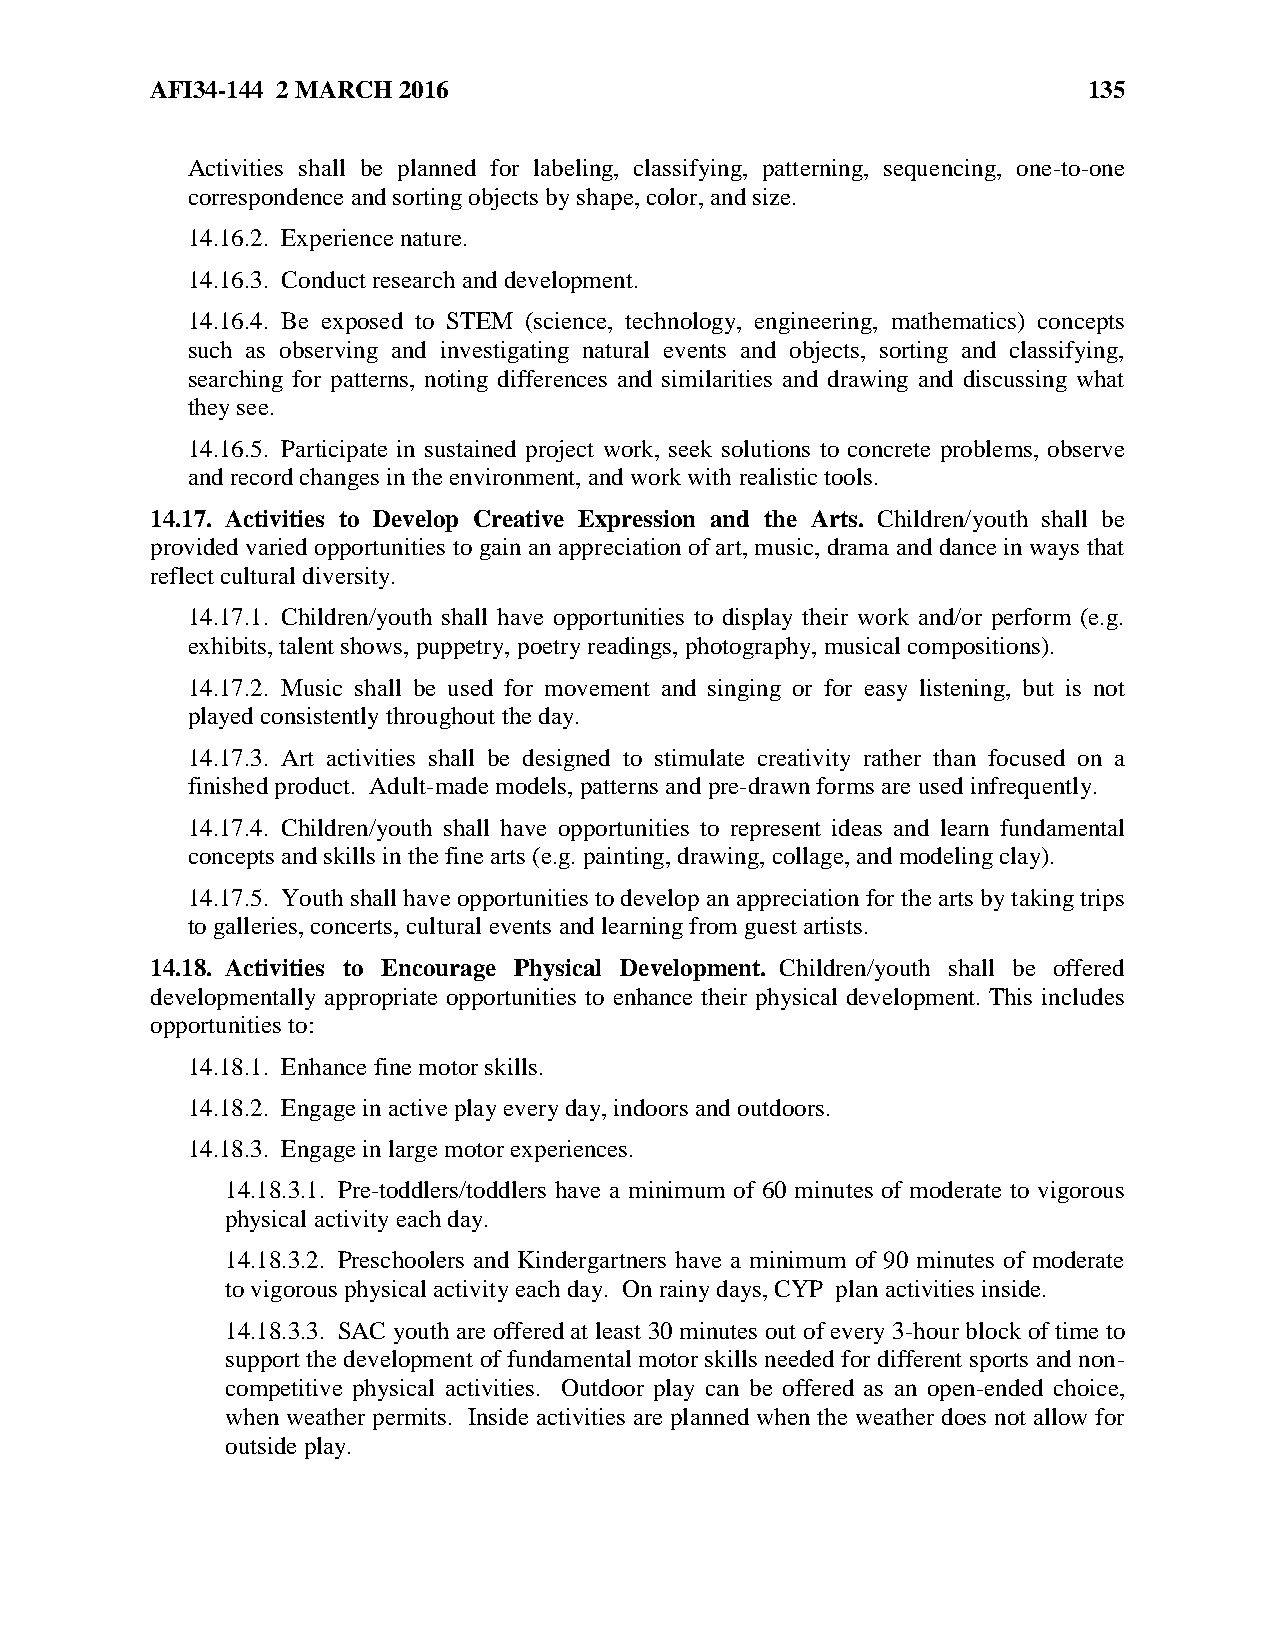
AFI34-144 2 MARCH 2016                                        135
 Activities shall be planned for labeling, classifying, patterning, sequencing, one-to-one
 correspondence and sorting objects by shape, color, and size.
 14.16.2. Experience nature.
 14.16.3. Conduct research and development.
 14.16.4. Be exposed to STEM (science, technology, engineering, mathematics) concepts
 such as observing and investigating natural events and objects, sorting and classifying,
 searching for patterns, noting differences and similarities and drawing and discussing what
 they see.
 14.16.5. Participate in sustained project work, seek solutions to concrete problems, observe
 and record changes in the environment, and work with realistic tools.
 14.17. Activities to Develop Creative Expression and the Arts. Children/youth shall be
 provided varied opportunities to gain an appreciation of art, music, drama and dance in ways that
 reflect cultural diversity.
 14.17.1. Children/youth shall have opportunities to display their work and/or perform (e.g.
 exhibits, talent shows, puppetry, poetry readings, photography, musical compositions).
 14.17.2. Music shall be used for movement and singing or for easy listening, but is not
 played consistently throughout the day.
 14.17.3. Art activities shall be designed to stimulate creativity rather than focused on a
 finished product. Adult-made models, patterns and pre-drawn forms are used infrequently.
 14.17.4. Children/youth shall have opportunities to represent ideas and learn fundamental
 concepts and skills in the fine arts (e.g. painting, drawing, collage, and modeling clay).
 14.17.5. Youth shall have opportunities to develop an appreciation for the arts by taking trips
 to galleries, concerts, cultural events and learning from guest artists.
 14.18. Activities to Encourage Physical Development. Children/youth shall be offered
 developmentally appropriate opportunities to enhance their physical development. This includes
 opportunities to:
 14.18.1. Enhance fine motor skills.
 14.18.2. Engage in active play every day, indoors and outdoors.
 14.18.3. Engage in large motor experiences.
 14.18.3.1. Pre-toddlers/toddlers have a minimum of 60 minutes of moderate to vigorous
 physical activity each day.
 14.18.3.2. Preschoolers and Kindergartners have a minimum of 90 minutes of moderate
 to vigorous physical activity each day. On rainy days, CYP plan activities inside.
 14.18.3.3. SAC youth are offered at least 30 minutes out of every 3-hour block of time to
 support the development of fundamental motor skills needed for different sports and non-
 competitive physical activities. Outdoor play can be offered as an open-ended choice,
 when weather permits. Inside activities are planned when the weather does not allow for
 outside play.